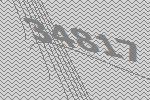
34817